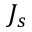
J _ { s }